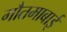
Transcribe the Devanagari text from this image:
गौतमाबाई